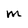
Character: M